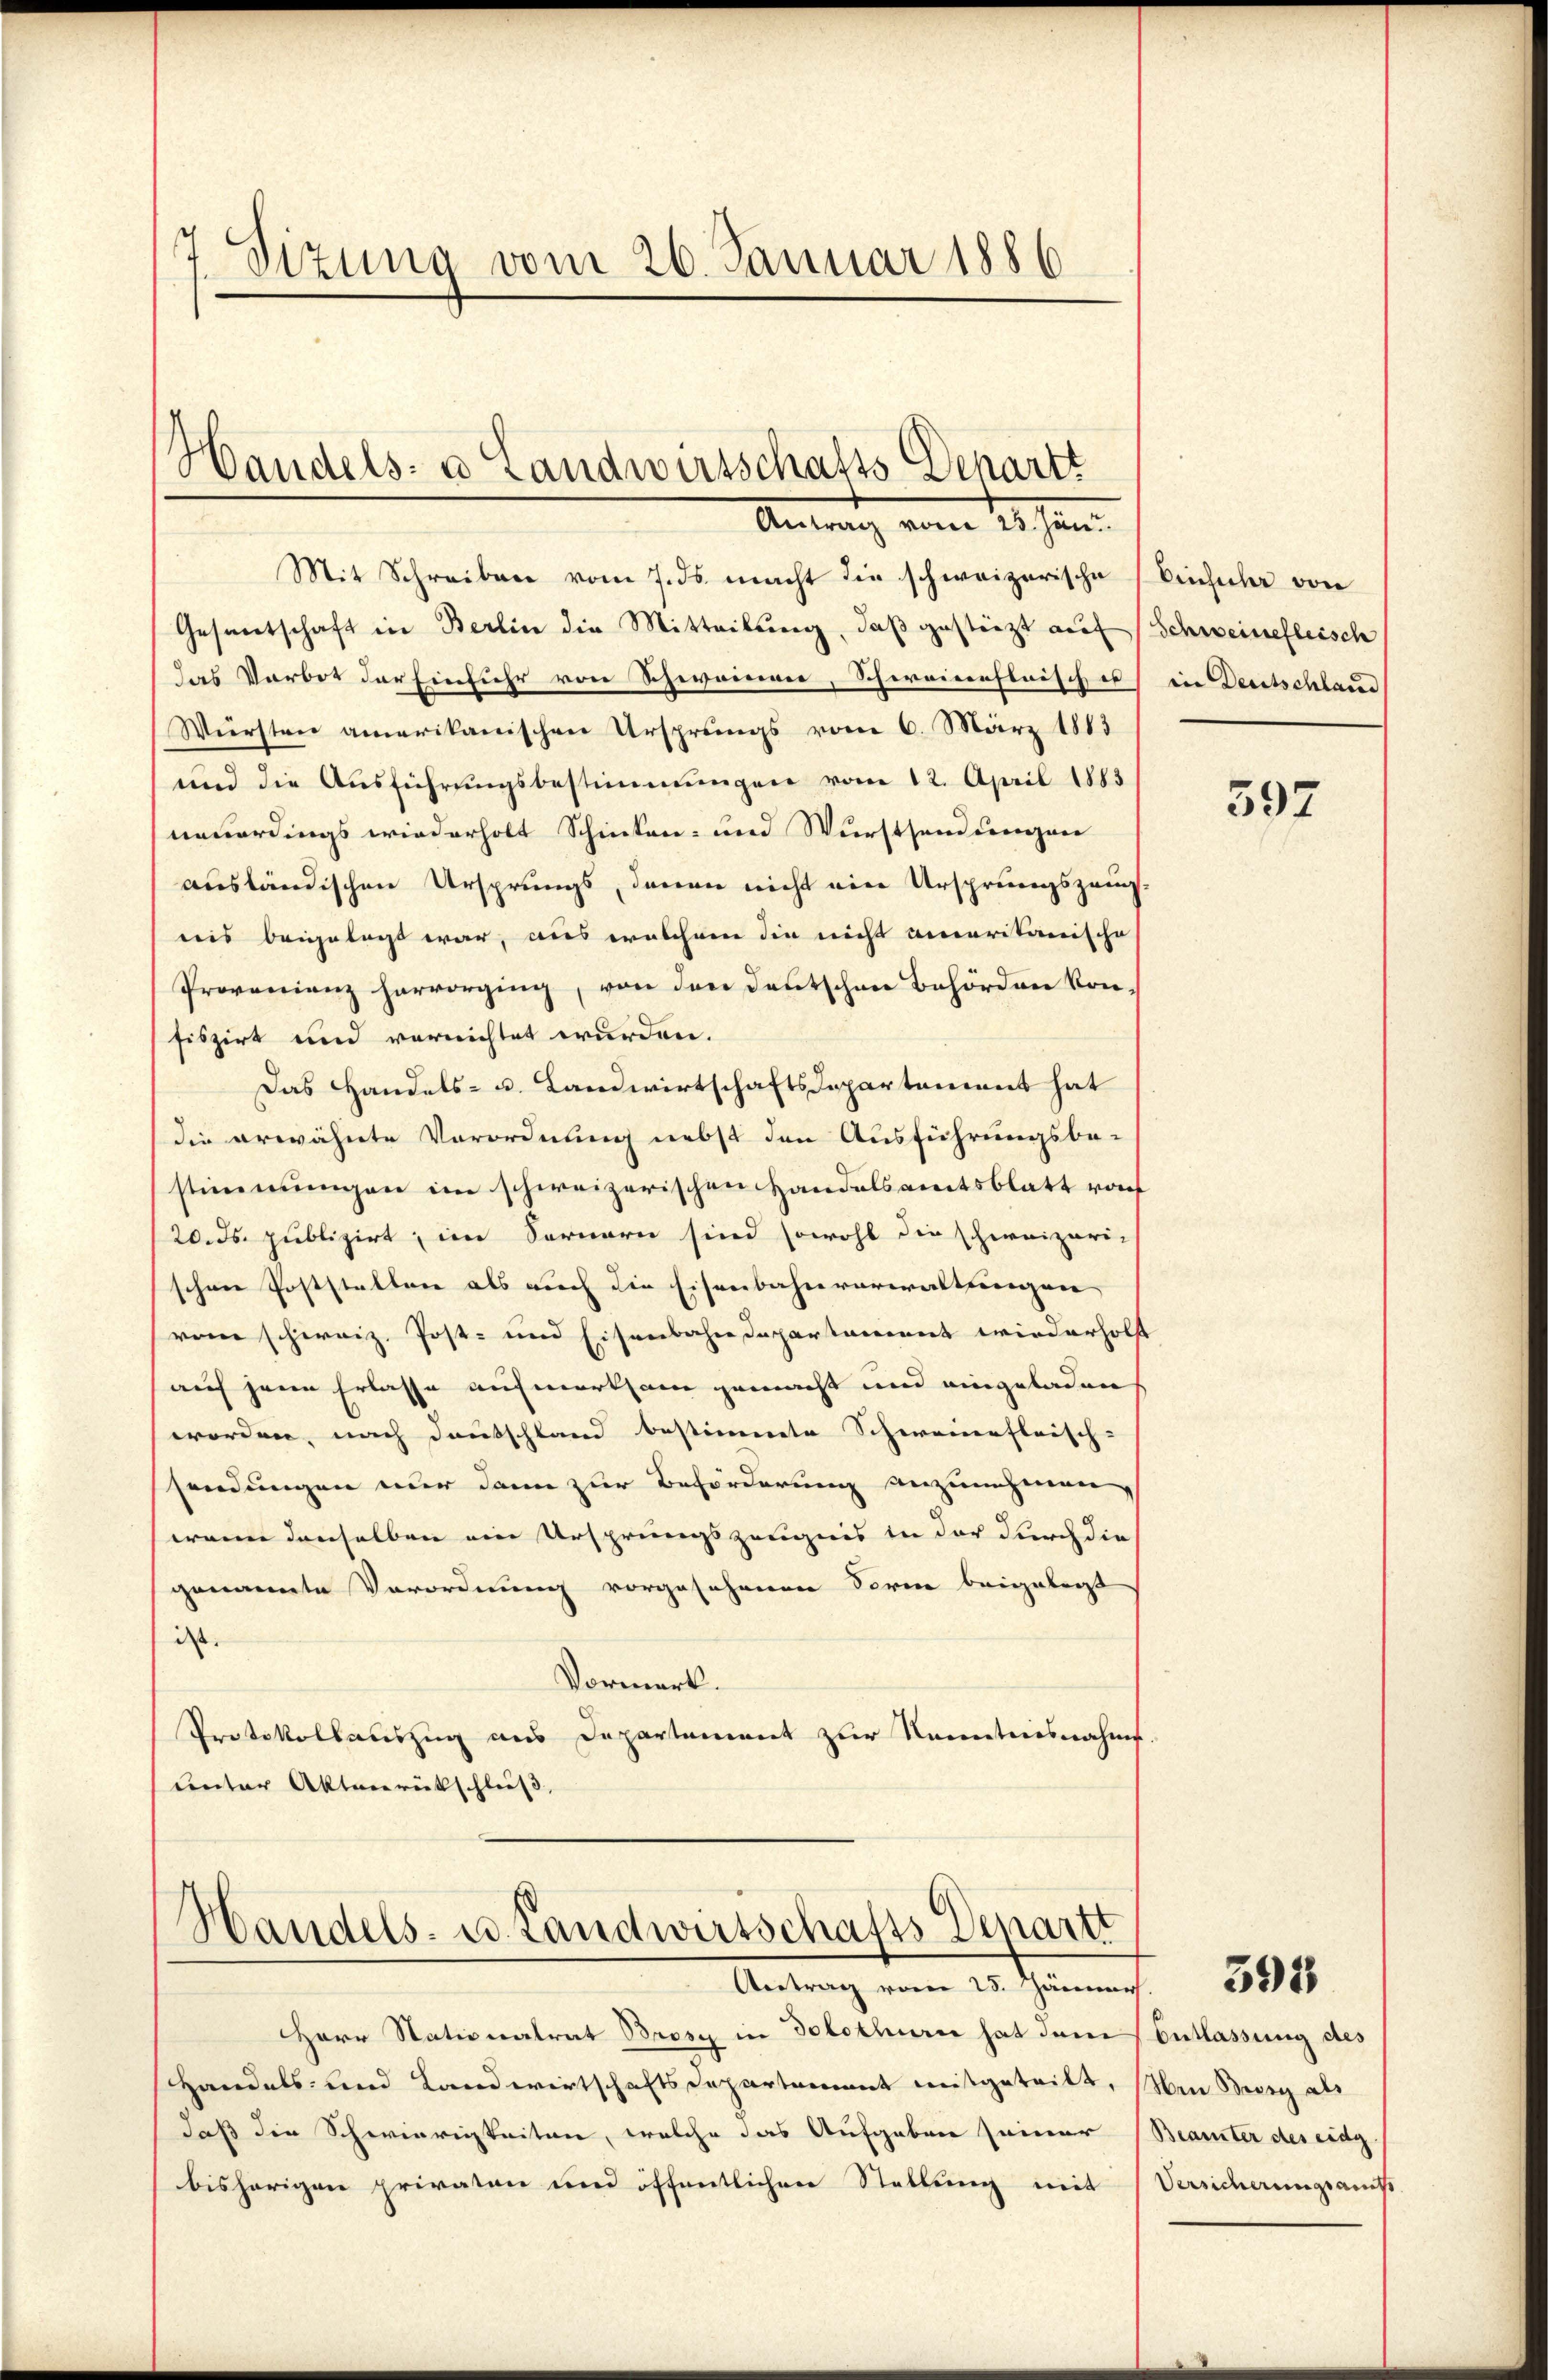
" Sizung vom 26. Januar 1886

Mit Schreiben vom 7. ds. macht die schweizerische
Gesantschaft in Berlin die Mitteilung, daß gestützt auf
Das Verbot der Einfuhr von Schweinen, Schweinefleisch es
Würsten amerikanischen Ursprungs vom 6. März 1813
und die Ausführungsbestimmungen vom 12. April 1883
neuerdings wiederholt Schinken- und Wurstsendungen
ausländischen Ursprungs, denen nicht ein Ursprungszausnis beigelegt war, aus welchem die nicht amerikanische
Provenienz hervorging, von den deutschen Behörden konfiszirt und verrichtet wurden.
Das Handels- u. Landwirtschaftsdepartement hat
die erwähnte Verordnung nebst den Ausführungsbe-
stimmungen im schweizerischen Handelsamtsblatt vorf
/20. ds. publizirt, im Fernern sind sowohl die schweizeri-
schen Poststellen als auch die Eisenbahnverwaltungen
vom schweiz. Post- und Eisenbahndepartament wiederholf
auf jene Erlasse aufmerksam gemacht und eingeladen
worden, nach Deutschland bestimmte Schweinefleisch-
sendungen nur dann zur Beförderung anzunehmen,
wenn denselben ein Ursprungszeugnis in der durch die
genannte Verordnung vorgesehenen Sorm beigelegt
ist.
Vormerk.
Protokollauszug aus Departement zur Kenntnisnahms
unter Aktenrückschluß,

Handels- u Landwirtschafts Departs
Antrag vom 25. Jän

1
Standels- u. Landwirtschafts-Departt
Antrag vom 25. Jänner 18

Herr Stationalrat Brosy in Solothurn hat dem Entlassung des
Handels- und Landwirtschaftsdepartement mitgeteilt,
daß die Schwierigkeiten, welche das Aufgaben seiner
bisherigen privaten und öffentlichen Stellung mit

Einsicher von
Schweinefleisch
in Deutschlaus

397

Hen Besse als
Beamter des eidg.
Versicherungsans